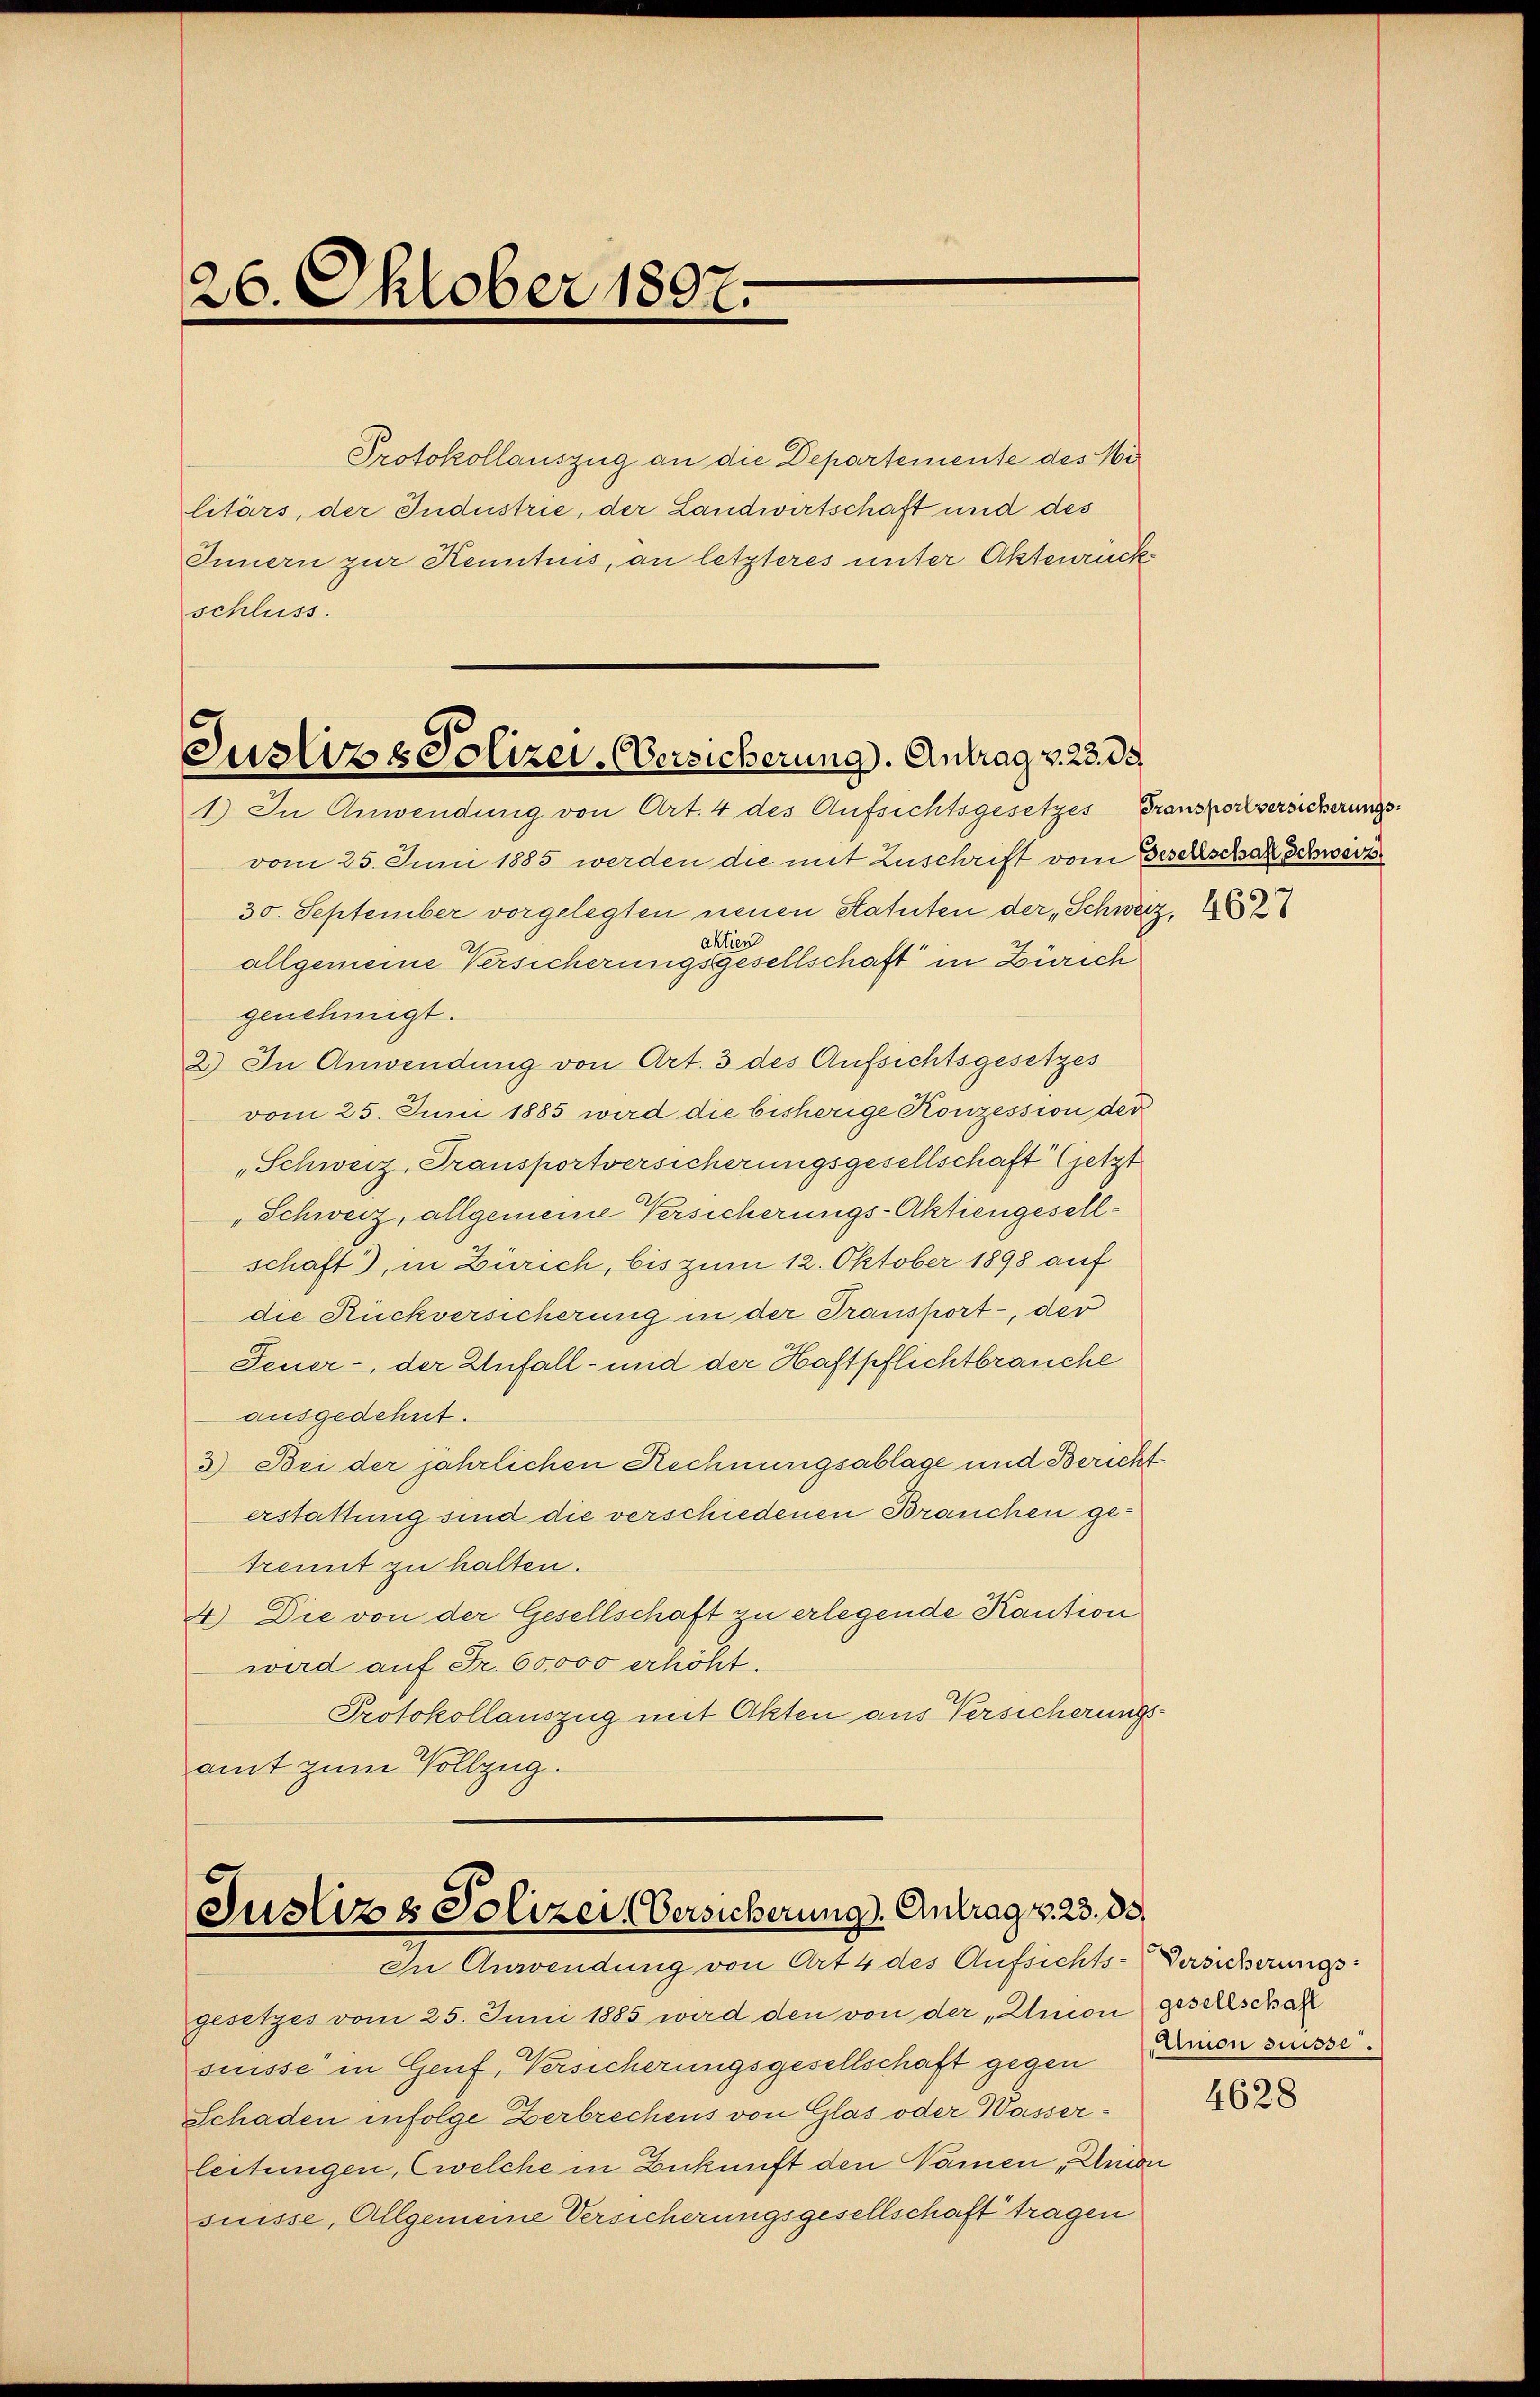
26. Oktober 1897.

Protokollauszug an die Departemente des Wi
litärs, der Industrie, der Landwirtschaft und des
Innern zur Kenntnis, an letzteres unter Aktenrück
schluss.

Zustiz & Polizei-Übersicherung). Antrag v. 23. de
1.) In Anwendung von Art. 4 des Aufsichtsgesetzes Transportversicherungs¬

vom 25. Juni 1885 werden die mit Zuschrift vom Gesellschart Schwerz
30. September vorgelegten neuen Statuten der „Schweiz, 185
aktien
allgemeine Versicherungsgesellschaft in Zürich
genehmigt.
2.) In Anwendung von Art. 3 des Aufsichtsgesetzes
vom 25. Juni 1885 wird die bisherige Konzession der
„Schweiz, Transportversicherungsgesellschaft (jetzt
"Schweiz, allgemeine Versicherungs-Aktiengesellschaft), in Zürich, bis zum 12. Oktober 1898 auf
die Rückversicherung in der Transport, der
Feuer-, der Unfall- und der Haftpflichtbrauche
ausgedehnt.
3.) Bei der jährlichen Rechnungsablage und Berichterstattung sind die verschiedenen Brauchen getrennt zu halten.
4.) Die von der Gesellschaft zu erlegende Kaution
wird auf Fr. 60,000 erhöht.
Protokollauszug mit Akten aus Versicherungsamt zum Vollzug.

Justiz & Polizei, Versicherung. Antrag v. 23. 33,
In Anwendung von Art 4 des Aufsichts-Versicherungs-

gesetzes vom 25. Juni 1885 wird den von der „Union gesellschaft
suisse in Genf, Versicherungsgesellschaft gegen
Schaden infolge Zerbrechens von Glas oder Wasserleitungen, (welche in Zukunft den Namen „Union
suisse, Allgemeine Versicherungsgesellschaft tragen

Union suisse.

4628